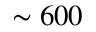
\sim 6 0 0